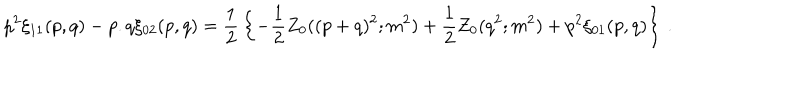
p ^ { 2 } \xi _ { 1 1 } ( p , q ) - p . q \xi _ { 0 2 } ( p , q ) = { \frac { 1 } { 2 } } \left\{ - { \frac { 1 } { 2 } } Z _ { 0 } ( ( p + q ) ^ { 2 } ; m ^ { 2 } ) + { \frac { 1 } { 2 } } Z _ { 0 } ( q ^ { 2 } ; m ^ { 2 } ) + p ^ { 2 } \xi _ { 0 1 } ( p , q ) \right\} \, .